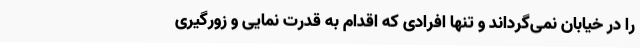
را در خیابان نمی‌گرداند و تنها افرادی که اقدام به قدرت نمایی و زورگیری